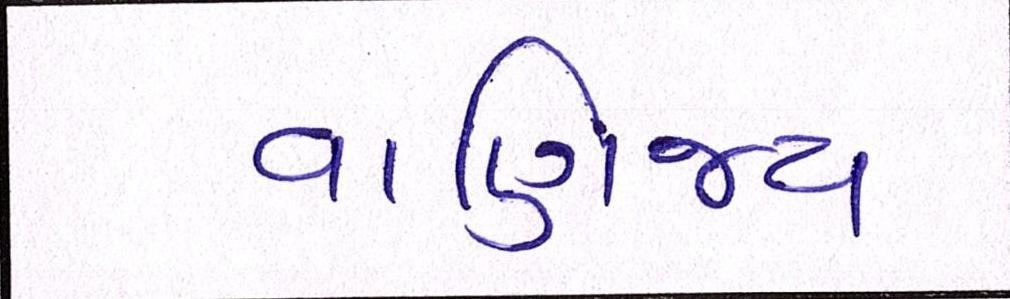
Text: વાણિજ્ય